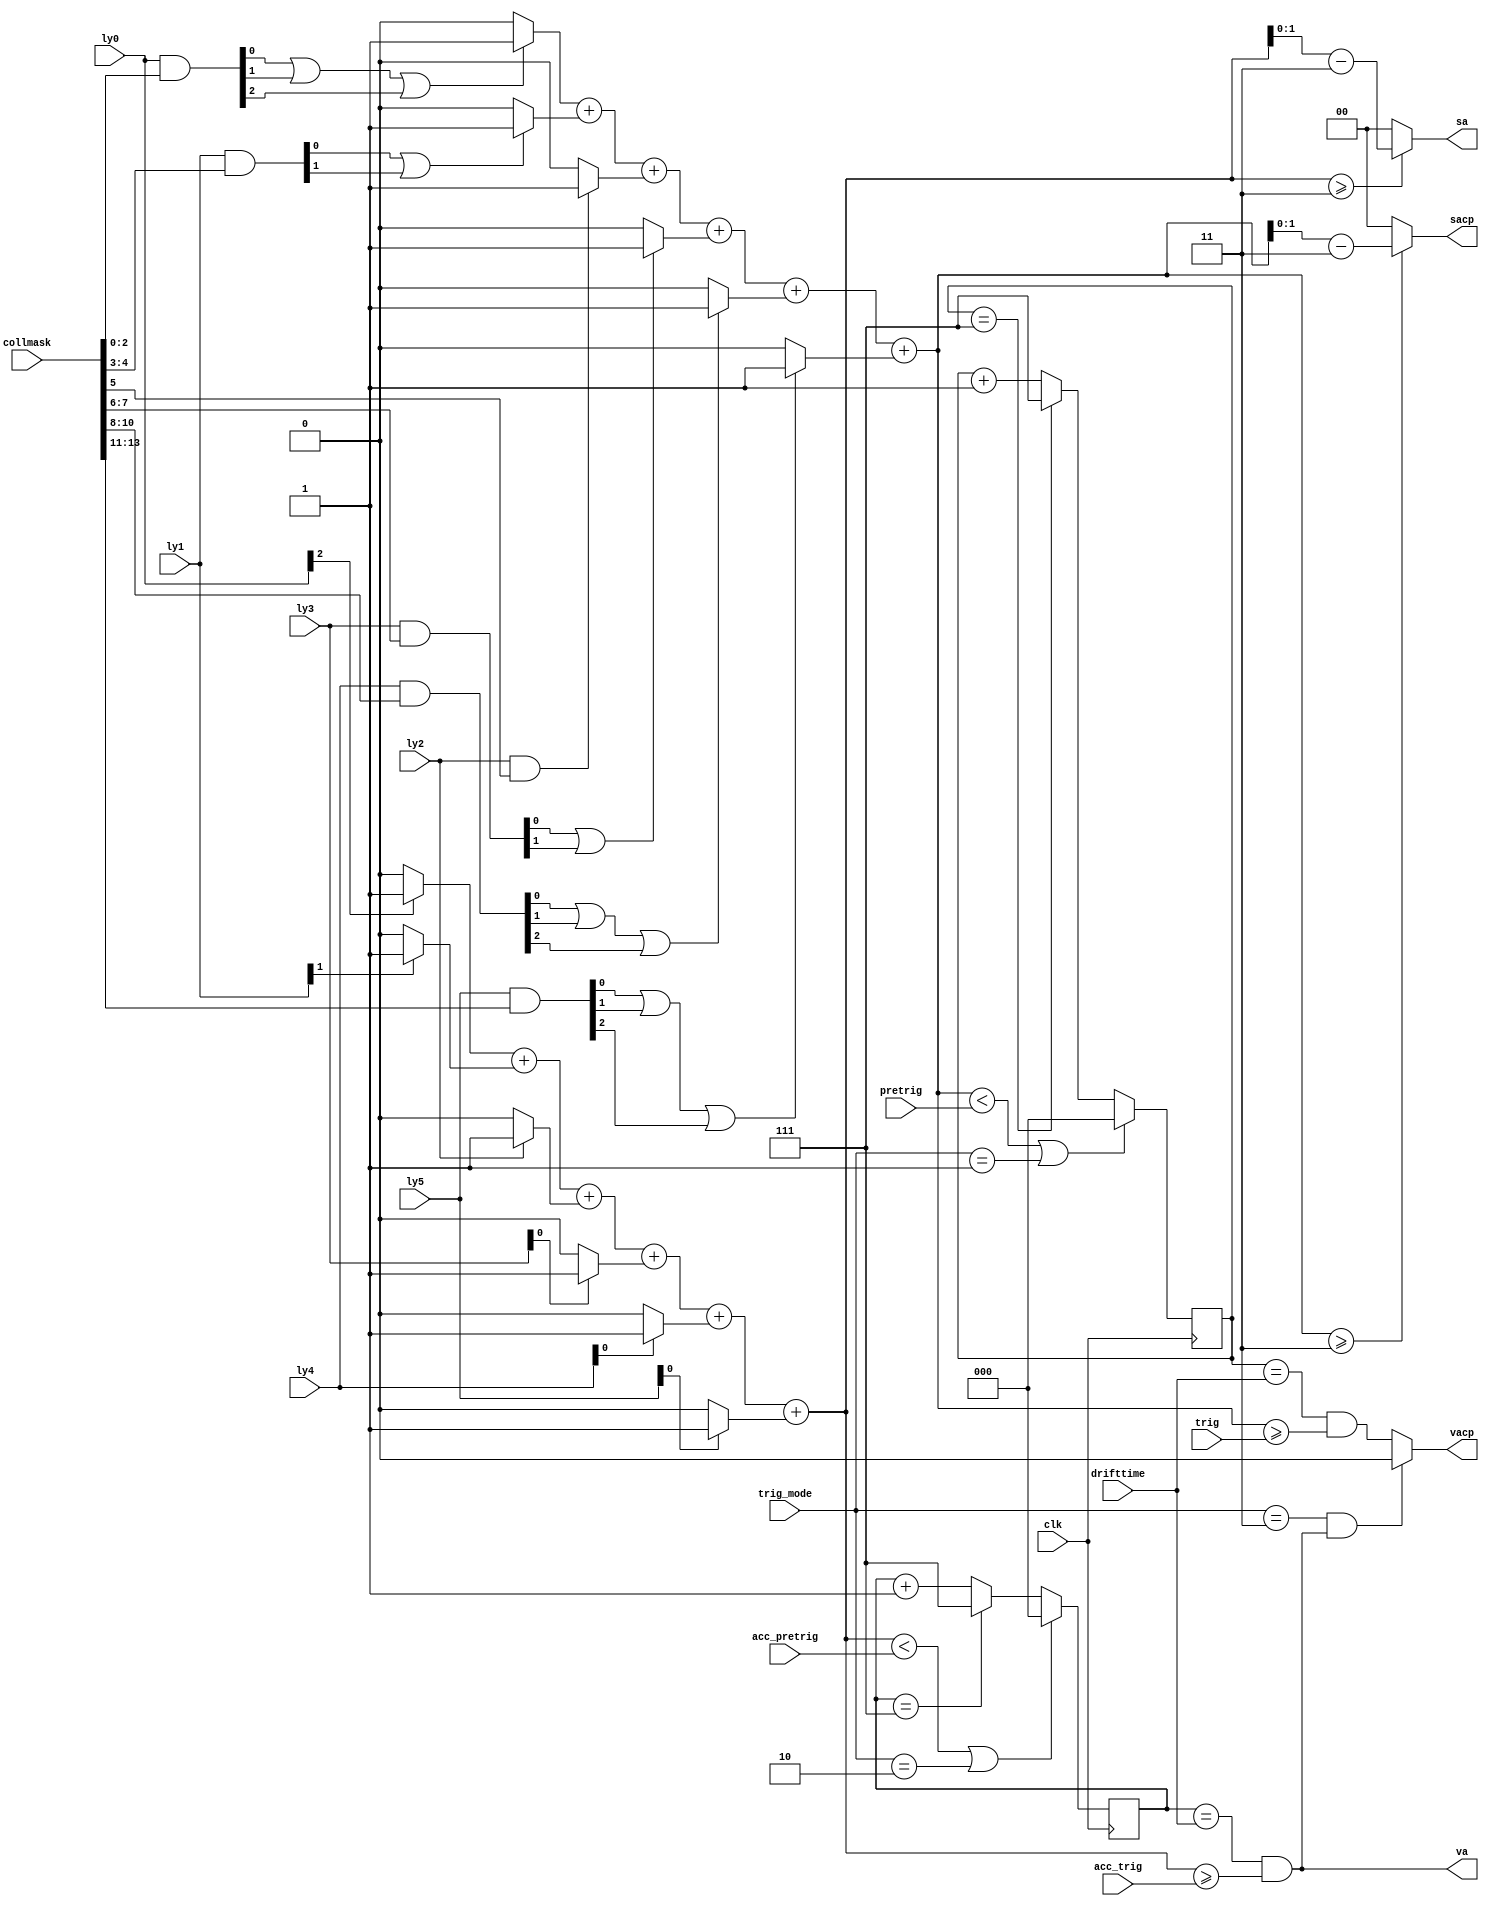
// This  Verilog HDL  source  file was  automatically generated
// by C++ model based on VPP library. Modification of this file
// is possible, but if you want to keep it in sync with the C++
// model,  please  modify  the model and re-generate this file.
// VPP library web-page: http://www.phys.ufl.edu/~madorsky/vpp/

// Timestamp : Mon Aug  6 09:12:04 2012

module Patterner_rl
(
    ly0,
    ly1,
    ly2,
    ly3,
    ly4,
    ly5,
    collmask,
    sacp,
    vacp,
    sa,
    va,
    drifttime,
    pretrig,
    trig,
    acc_pretrig,
    acc_trig,
    trig_mode,
    clk
);

    input [2:0] ly0;
    input [1:0] ly1;
    input ly2;
    input [1:0] ly3;
    input [2:0] ly4;
    input [2:0] ly5;
    input [27:0] collmask;
    output [1:0] sacp;
    reg    [1:0] sacp;
    output vacp;
    reg    vacp;
    output [1:0] sa;
    reg    [1:0] sa;
    output va;
    reg    va;
    input [2:0] drifttime;
    input [2:0] pretrig;
    input [2:0] trig;
    input [2:0] acc_pretrig;
    input [2:0] acc_trig;
    input [1:0] trig_mode;
    input clk;

    reg [2:0] lya0cm;
    reg [1:0] lya1cm;
    reg lya2cm;
    reg [1:0] lya3cm;
    reg [2:0] lya4cm;
    reg [2:0] lya5cm;
    reg [2:0] lyb0cm;
    reg [1:0] lyb1cm;
    reg lyb2cm;
    reg [1:0] lyb3cm;
    reg [2:0] lyb4cm;
    reg [2:0] lyb5cm;
    reg ly0am;
    reg ly4am;
    reg ly5am;
    reg ly1am;
    reg ly3am;
    reg ly2am;
    reg [2:0] sumac;
    reg [2:0] suma;
    reg [2:0] bxac;
    reg [2:0] bxa;
    always @(ly0 or ly1 or ly2 or ly3 or ly4 or ly5 or collmask or drifttime or pretrig or trig or trig_mode or bxac or bxa or acc_pretrig or acc_trig) 
    begin
        ly0am = ly0[2];
        ly1am = ly1[1];
        ly2am = ly2;
        ly3am = ly3[0];
        ly4am = ly4[0];
        ly5am = ly5[0];
         //count the bits in the accelerator muon pattern
        suma = ((((((ly0am) ? 3'b1 : 3'b0) + ((ly1am) ? 3'b1 : 3'b0)) + ((ly2am) ? 3'b1 : 3'b0)) + ((ly3am) ? 3'b1 : 3'b0)) + ((ly4am) ? 3'b1 : 3'b0)) + ((ly5am) ? 3'b1 : 3'b0);
        sa = (suma >= 3) ? suma - 3 : 0;
        va = (bxa == drifttime) && (suma >= acc_trig);
         //mask out all bits which are not used in the collision pattern a
        lya0cm = ly0 & collmask[2:0];
        lya1cm = ly1 & collmask[4:3];
        lya2cm = ly2 & collmask[5];
        lya3cm = ly3 & collmask[7:6];
        lya4cm = ly4 & collmask[10:8];
        lya5cm = ly5 & collmask[13:11];
         //count the bits in the collision pattern a
        sumac = (((((((lya0cm[0] | lya0cm[1]) | lya0cm[2]) ? 3'b1 : 3'b0) + ((lya1cm[0] | lya1cm[1]) ? 3'b1 : 3'b0)) + ((lya2cm) ? 3'b1 : 3'b0)) + ((lya3cm[0] | lya3cm[1]) ? 3'b1 : 3'b0)) + (((lya4cm[0] | lya4cm[1]) | lya4cm[2]) ? 3'b1 : 3'b0)) + (((lya5cm[0] | lya5cm[1]) | lya5cm[2]) ? 3'b1 : 3'b0);
        sacp = (sumac >= 3) ? sumac - 3 : 0;
        vacp = (bxac == drifttime) && (sumac >= trig);
         //trig_mode == 3 kills coll muon if there is acc muon
        if ((trig_mode == 3) && va) 
        begin
            vacp = 0;
        end
    end
    always @(posedge clk) 
    begin
         //BX counters are reset by the number of hits < 2, they stop counting at maximum count.
        bxac = ((sumac < pretrig) || (trig_mode == 1)) ? 0 : (bxac == 7) ? 7 : bxac + 1;
         //trig_mode == 1 kills coll muon
        bxa = ((suma < acc_pretrig) || (trig_mode == 2)) ? 0 : (bxa == 7) ? 7 : bxa + 1;
         //trig_mode == 2 kills acc  muon
    end
endmodule